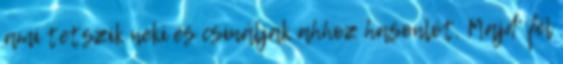
ami tetszik neki és csináljak ahhoz hasonlót. Majd' fél